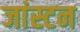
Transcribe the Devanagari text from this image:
जांस्टन